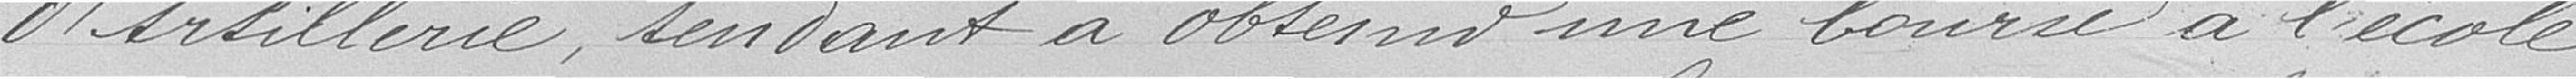
d'artillerie, tendant à obtenir une bourse à l'école